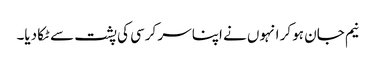
نیم جان ہو کر انہوں نے اپنا سر کرسی کی پشت سے ٹکا دیا۔